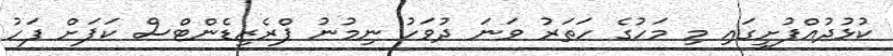
ކުޅުދުއްފުށީގައި މި މަހުގެ ހަތަރު ވަނަ ދުވަހު ނިމުނު ޕްރެޒިޑެންޓްސް ކަޕަށް ފަހު